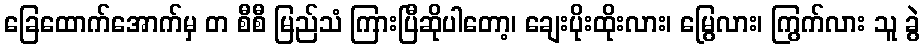
ခြေထောက်အောက်မှ တ စီစီ မြည်သံ ကြားပြီဆိုပါတော့၊ ချေးပိုးထိုးလား၊ မြွေလား၊ ကြွက်လား သူ ခွဲ